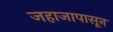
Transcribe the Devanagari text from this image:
जहाजापासून